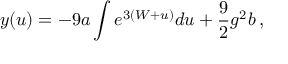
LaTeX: y ( u ) = - 9 a \int e ^ { 3 ( W + u ) } d u + \frac 9 2 g ^ { 2 } b \, ,